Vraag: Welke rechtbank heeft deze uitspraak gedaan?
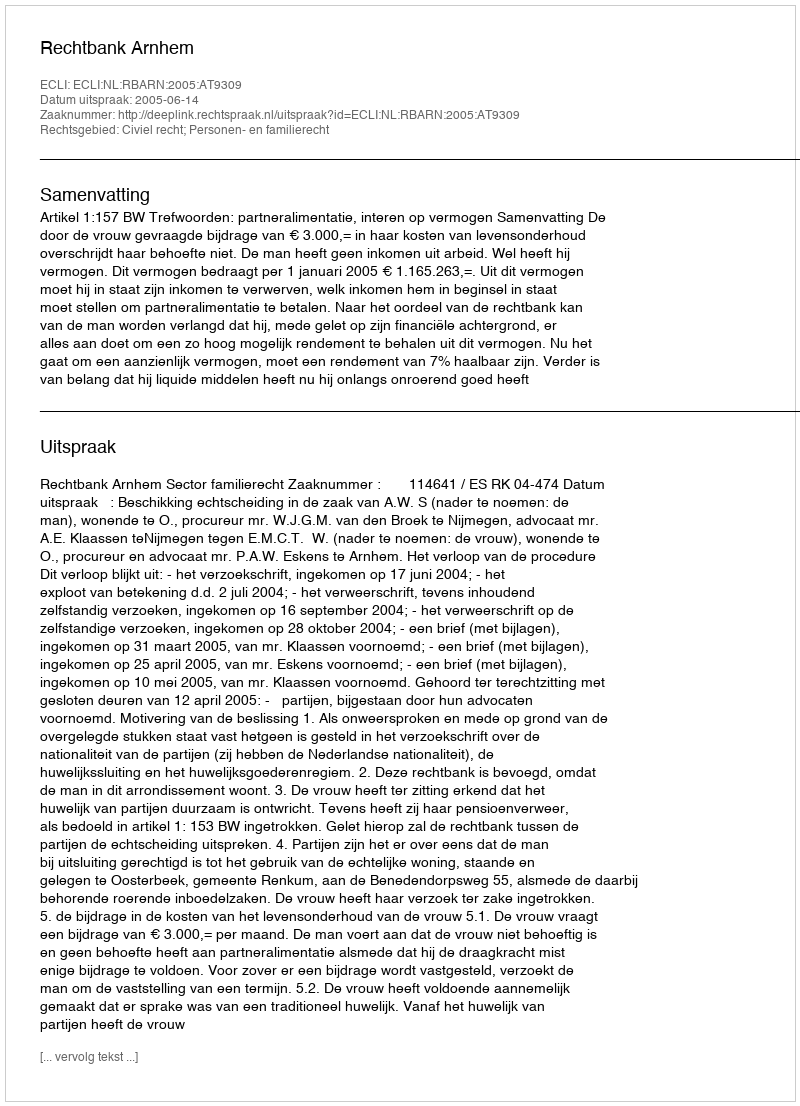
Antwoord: Rechtbank Arnhem